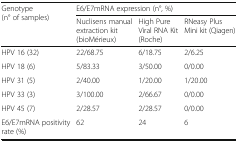
| <ROWSPAN=2> Genotype(n° of samples) | <COLSPAN=3> E6/E7mRNA expression (n°, %) |
 | Nuclisens manual extraction kit (bioMérieux) | High Pure Viral RNA Kit(Roche) | RNeasy Plus Mini kit (Qiagen) |
 | --- | --- | --- | --- |
 | HPV 16 (32) | 22/68.75 | 6/18.75 | 2/6.25 |
 | HPV 18 (6) | 5/83.33 | 3/50.00 | 0/0.00 |
 | HPV 31 (5) | 2/40.00 | 1/20.00 | 1/20.00 |
 | HPV 33 (3) | 3/100.00 | 2/66.67 | 0/0.00 |
 | HPV 45 (7) | 2/28.57 | 2/28.57 | 0/0.00 |
 | E6/E7mRNA positivity rate (%) | 62 | 24 | 6 |